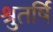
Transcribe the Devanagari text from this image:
श्रुतर्षि